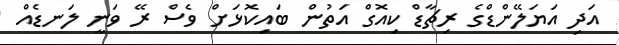
އަދި އަޔަލޭންޑްގެ ރިޗާޑް ކިއޮގް އަތުން ބައިކޮޅަށް ވެސް ރޭ ވަނީ ލަނޑެއް